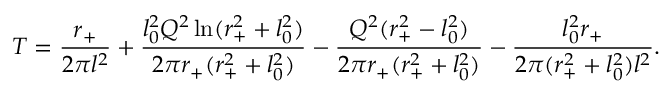
T = \frac { r _ { + } } { 2 \pi l ^ { 2 } } + \frac { l _ { 0 } ^ { 2 } Q ^ { 2 } \ln ( r _ { + } ^ { 2 } + l _ { 0 } ^ { 2 } ) } { 2 \pi r _ { + } ( r _ { + } ^ { 2 } + l _ { 0 } ^ { 2 } ) } - \frac { Q ^ { 2 } ( r _ { + } ^ { 2 } - l _ { 0 } ^ { 2 } ) } { 2 \pi r _ { + } ( r _ { + } ^ { 2 } + l _ { 0 } ^ { 2 } ) } - \frac { l _ { 0 } ^ { 2 } r _ { + } } { 2 \pi ( r _ { + } ^ { 2 } + l _ { 0 } ^ { 2 } ) l ^ { 2 } } .